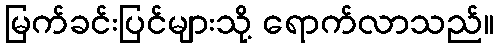
မြက်ခင်းပြင်များသို့ ရောက်လာသည်။